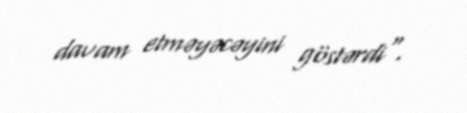
davam etməyəcəyini göstərdi".